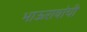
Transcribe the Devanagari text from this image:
भाऊरावांची